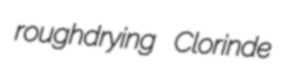
roughdrying Clorinde